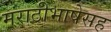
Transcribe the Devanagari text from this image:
मराठीभाषेसह